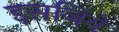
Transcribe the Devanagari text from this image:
इसजिये